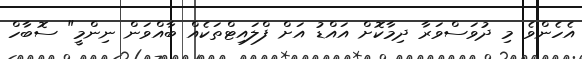
އެހެންވެ މި ދުވަސްވަރާ ދިމާކޮށް އައްޑު އަށް ފްލައިޓްތަކެއް ބާއްވަން ނިންމީ" ސޮބާހް